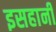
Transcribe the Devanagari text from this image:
इसहानी